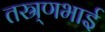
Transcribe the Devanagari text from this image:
तस्र्णभाई